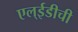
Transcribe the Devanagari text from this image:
एल्‌ईडीची